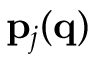
{ \bf p } _ { j } ( { \bf q } )